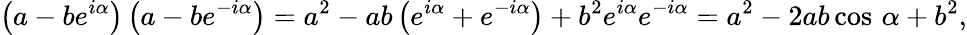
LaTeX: \left(a-be^{i\alpha}\right)\left(a-be^{-i\alpha}\right)=a^{2}-ab\left(e^{i\alpha}+e^{-i\alpha}\right)+b^{2}e^{i\alpha}e^{-i\alpha}=a^{2}-2ab\cos\, \alpha+b^{2},